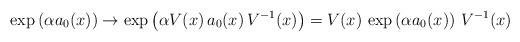
\begin{align*}\exp\left(\alpha a_0(x)\right) \to \exp\left(\alpha V(x) \, a_0(x) \, V^{-1}(x)\right) = V(x) \, \exp\left(\alpha a_0(x) \right) \, V^{-1}(x)\end{align*}